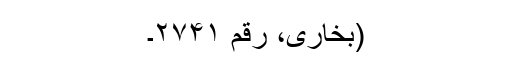
(بخاری، رقم ۲۷۴۱۔